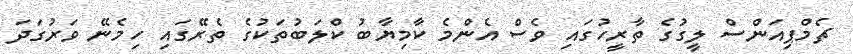
ޗެމްޕިއަންސް ލީގުގެ ތާރީހުގައި ވެސް އެންމެ ކާމިޔާބު ކްލަބުތަކުގެ ތެރޭގައި ހިމެނޭ ވަރުގަދަ